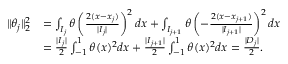
\begin{array} { r l } { \| \theta _ { j } \| _ { 2 } ^ { 2 } } & { = \int _ { I _ { j } } \theta \left( \frac { 2 ( x - x _ { j } ) } { | I _ { j } | } \right) ^ { 2 } d x + \int _ { I _ { j + 1 } } \theta \left( - \frac { 2 ( x - x _ { j + 1 } ) } { | I _ { j + 1 } | } \right) ^ { 2 } d x } \\ & { = \frac { | I _ { j } | } { 2 } \int _ { - 1 } ^ { 1 } \theta ( x ) ^ { 2 } d x + \frac { | I _ { j + 1 } | } { 2 } \int _ { - 1 } ^ { 1 } \theta ( x ) ^ { 2 } d x = \frac { | D _ { j } | } { 2 } . } \end{array}